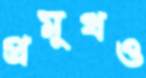
প্রমুখও